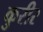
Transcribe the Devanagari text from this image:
कुरीर